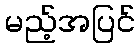
မည့်အပြင်